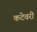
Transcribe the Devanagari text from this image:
कटेवरी